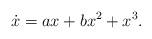
LaTeX: \begin{align*}\dot{x}=a x+ b x^2 +x^3.\end{align*}